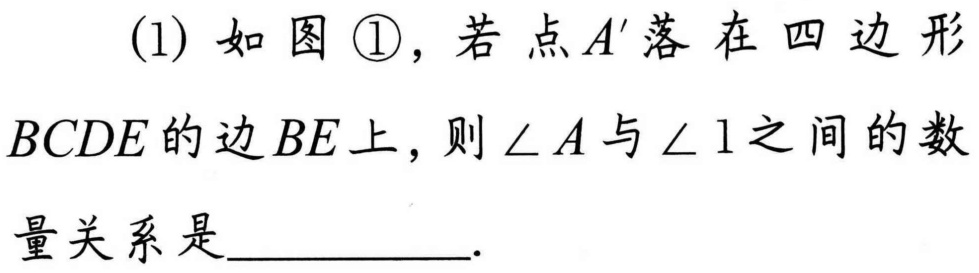
(1) 如图\textcircled{1}，若点 \(A'\) 落在四边形
\(BCDE\) 的边 \(BE\) 上，则\(\angle A\) 与\(\angle 1\)之间的数
量关系是  .